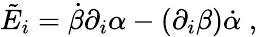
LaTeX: \tilde{E}_{i}=\dot{\beta}\partial_{i}\alpha-(\partial_{i}\beta)\dot{\alpha}\; ,